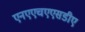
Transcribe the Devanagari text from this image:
एनएएचएएसडीए